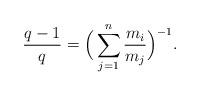
LaTeX: \begin{align*}\frac{q-1}{q} = \Big(\sum\limits_{j=1}^n \frac{m_i}{m_j}\Big)^{-1}.\end{align*}